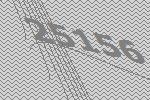
25156